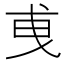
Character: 𢦣